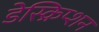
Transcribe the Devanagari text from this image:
डेस्क्रिप्शन